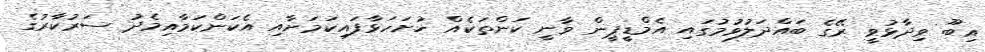
އިބޫ ވިދާޅުވީ ރޭގެ ބައްދަލުވުމުގައި އެމްޑީޕީން ވާނީ ކަންތަކެއް ހުށަހަޅާފައިކަމަށާއި އެކަންކަމާއިމެދު ސަރުކާރުގެ